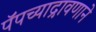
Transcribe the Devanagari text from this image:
पॅपच्याद्रावणाने